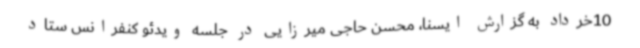
10خرداد به گزارش ایسنا، محسن حاجی میرزایی در جلسه ویدئو کنفرانس ستاد